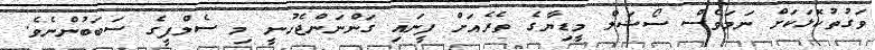
ވަގުތުކޮޅަކަށް ނަމަވެސް ސޯޝަލް މީޑިޔާގެ ތެރެއަށް ފީނައި ގަންނަންޖެހުނީ މި ސެލްފީގެ ސަބަބުންނެވެ.